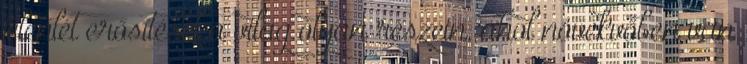
jelenlét erősítését a világ olyan részein, ahol növekvőben van